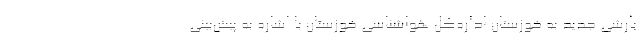
بارشی جدید به خوزستان اداره‌کل هواشناسی خوزستان با اشاره به پیش‌بینی